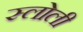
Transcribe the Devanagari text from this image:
स्लोली